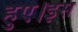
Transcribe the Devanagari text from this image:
हुए।इस